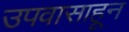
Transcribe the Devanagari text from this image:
उपवासाहून